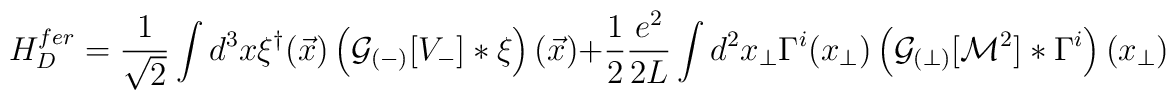
H^{fer}_D  =  \frac{1}{\sqrt{2}} \int d^3x \xi^{\dagger}(\vec{x}) \left({\cal G}_{(-)}[V_{-}] \ast\xi\right) (\vec{x}) + \frac 1 2 \frac{e^2}{2L} \int d^2x_\perp\Gamma^i (x_\perp) \left( {\cal G}_{(\perp)} [{\cal M}^2] \ast\Gamma^i \right) (x_\perp)